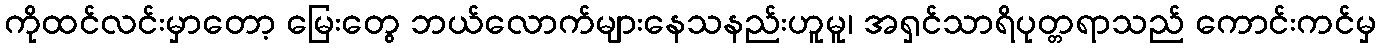
ကိုထင်လင်းမှာတော့ မြေးတွေ ဘယ်လောက်များနေသနည်းဟူမူ၊ အရှင်သာရိပုတ္တရာသည် ကောင်းကင်မှ